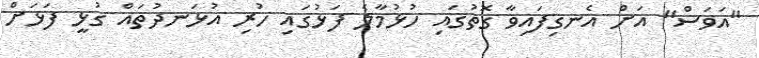
"އަވަސް" އަށް އެނގިފައިވާ ގޮތުގައި ހުޅުމާލެ ފަޅުގައި ހުރި އުޅަނދުތައް ގުޅީ ފަޅަށް